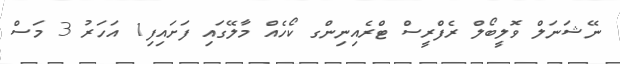
ނޭޝަނަލް ވޮލީބޯލް ރެފްރީސް ޓްރެއިނިންގ ކޯހެއް މާލޭގައި ފަށައިފި1 އަހަރު 3 މަސް